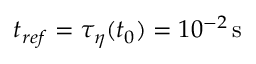
t _ { r e f } = \tau _ { \eta } ( t _ { 0 } ) = 1 0 ^ { - 2 } \, \mathrm { s }